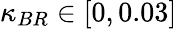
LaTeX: \kappa_{BR}\in[0,0.03]